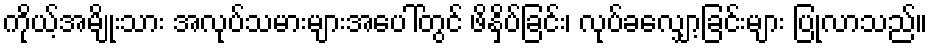
ကိုယ့်အမျိုးသား အလုပ်သမားများအပေါ်တွင် ဖိနှိပ်ခြင်း၊ လုပ်ခလျှော့ခြင်းများ ပြုလာသည်။